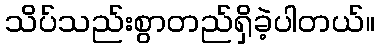
သိပ်သည်းစွာတည်ရှိခဲ့ပါတယ်။